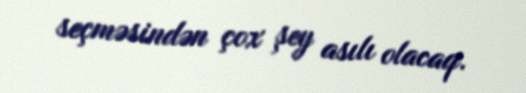
seçməsindən çox şey asılı olacaq.